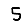
Digit: 5